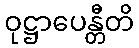
ဝုဋ္ဌာပေန္တီတိ